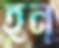
হন্